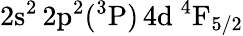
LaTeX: \mathrm{2s^{2}\, 2p^{2}(^{3}P)\, 4d~^{4}F_{5/2}}